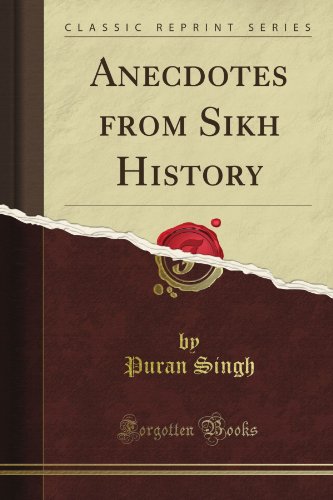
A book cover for Anecdotes from Sikh History (Classic Reprint); Puran Singh; Religion & Spirituality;